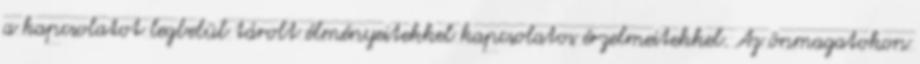
a kapcsolatot legbelül tárolt élményeitekkel kapcsolatos érzelmeitekkel. Az önmagatokon